Indian journal of veterinary science and animal husbandry - Volume 5,
Year: 1935
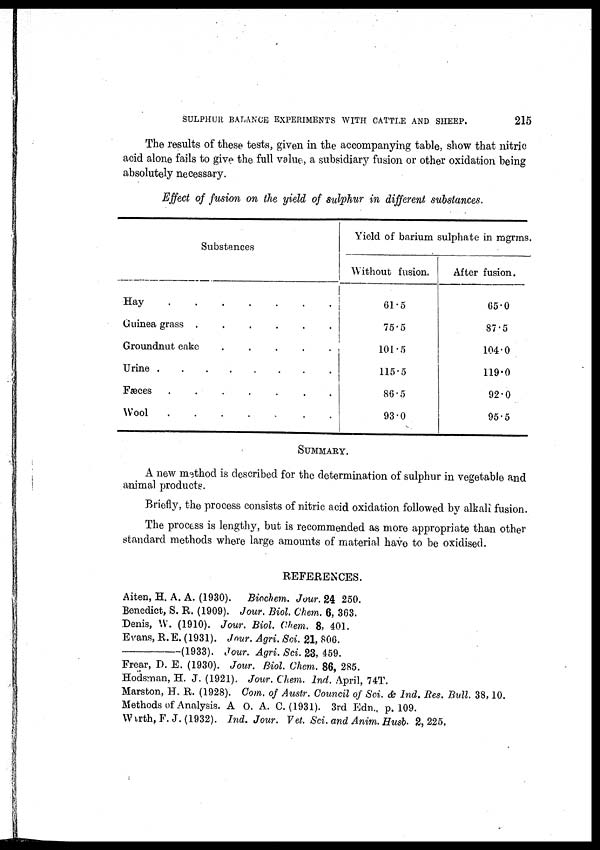
SULPHUR BALANCE EXPERIMENTS WITH CATTLE AND SHEEP.
215
The results of these tests, given in the accompanying table, show that nitric
acid alone fails to give the full value, a subsidiary fusion or other oxidation being
absolutely necessary.
Effect of fusion on the yield of sulphur in different substances.
Substances
Hay
Guinea grass
......
Groundnut cake
.....
Urine
Fæces
.......
Wool
Yield of barium sulphate in mgrms.
Without fusion.
61.5
75.5
101.5
115.5
86.5
93.0
After fusion.
65.0
87.5
104.0
119.0
92.0
95.5
SUMMARY.
A new method is described for the determination of sulphur in vegetable and
animal products.
Briefly, the process consists of nitric acid oxidation followed by alkali fusion.
The process is lengthy, but is recommended as more appropriate than other
standard methods where large amounts of material have to be oxidised.
REFERENCES.
Aiten, H. A. A. (1930). Biochem. Jour. 24 250.
Benedict, S. R. (1909). Jour. Biol. Chem. 6, 363.
Denis, W. (1910). Jour. Biol. Chem. 8, 401.
Evans, R. E. (1931). Jour. Agri. Sci. 21, 806.
—(1933).
Jour. Agri. Sci. 23, 459.
Frear, D. E. (1930). Jour. Biol. Chem. 86, 285.
Hodsman, H. J. (1921). Jour. Chem. Ind. April, 74T.
Marston, H. R. (1928). Com. of Austr. Council of Sci. & Ind. Res. Bull. 38,10.
Methods of Analysis. A O. A. C.(1931). 3rd Edn. p. 109.
Warth, F. J. (1932). Ind. Jour. Vet. Sci. and Anim. Husb. 2, 225.